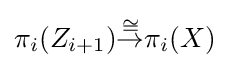
\pi _{i}(Z_{i+1}){\stackrel {\cong }{\to }}\pi _{i}(X)